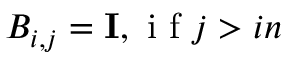
B _ { i , j } = \mathbf { I } , \mathrm { ~ i ~ f ~ } j > i n